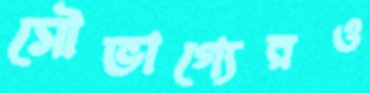
সৌভাগ্যেরও